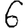
Digit: 6